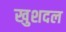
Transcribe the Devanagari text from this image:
खुशदल